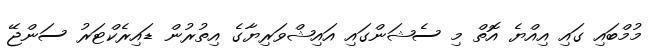
މުމްބައި ގައި އިއްޔެ އޮތް މި ސެޝަންގައި އައިޝްވަރިޔާގެ އިތުރުން ޑައިރެކްޓަރު ސަންޖޭ